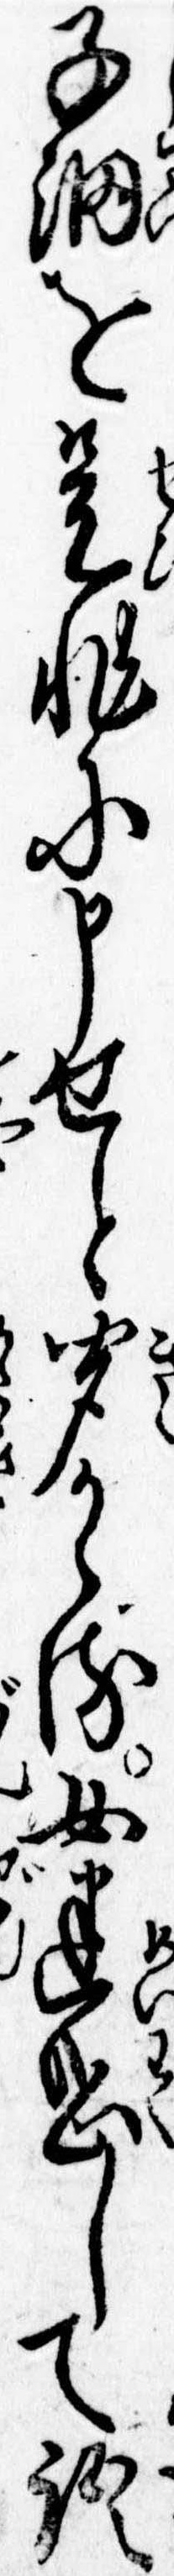
子細を是非に申せと聞かゝる女迷惑して語